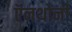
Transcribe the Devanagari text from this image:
ऍनथोनी